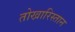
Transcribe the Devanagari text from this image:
तोखारिस्तान